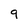
Character: 9